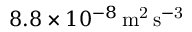
8 . 8 \times 1 0 ^ { - 8 } \, \mathrm { m ^ { 2 } \, s ^ { - 3 } }